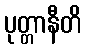
ပုတ္တာနီတိ